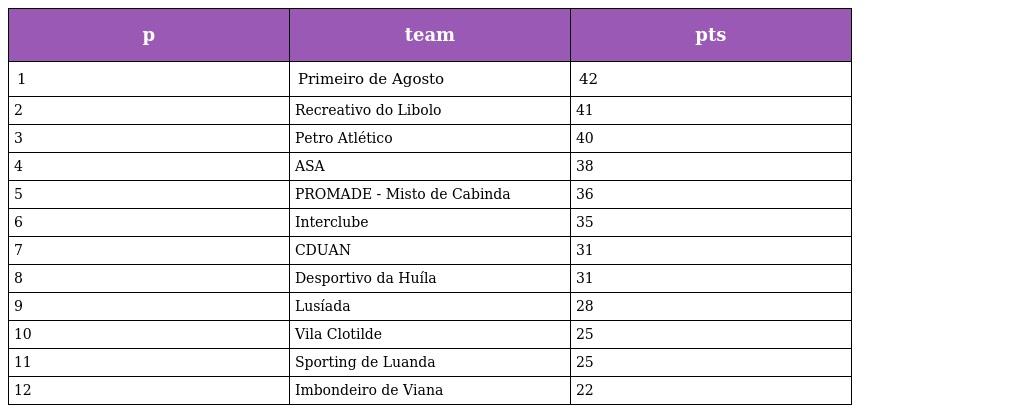
| p | team | pts |
 | --- | --- | --- |
 | 1 | Primeiro de Agosto | 42 |
 | 2 | Recreativo do Libolo | 41 |
 | 3 | Petro Atlético | 40 |
 | 4 | ASA | 38 |
 | 5 | PROMADE - Misto de Cabinda | 36 |
 | 6 | Interclube | 35 |
 | 7 | CDUAN | 31 |
 | 8 | Desportivo da Huíla | 31 |
 | 9 | Lusíada | 28 |
 | 10 | Vila Clotilde | 25 |
 | 11 | Sporting de Luanda | 25 |
 | 12 | Imbondeiro de Viana | 22 |